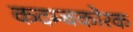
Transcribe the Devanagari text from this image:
कदम्बकोरक